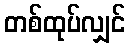
တစ်ထုပ်လျှင်